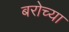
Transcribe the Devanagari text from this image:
बरोच्या